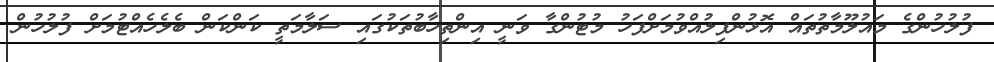
ފުލުހުންގެ މައުލޫމާތުތައް އޮޅުންފިލުއްވުމަށްފަހު މުޓުންގާ ވަނީ އިންތިހާބުތަކުގައި ސަލާމަތީ ކަންކަން ބެލެހެއްޓުމަށް ފުލުހުން